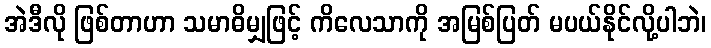
အဲဒီလို ဖြစ်တာဟာ သမာဓိမျှဖြင့် ကိလေသာကို အမြစ်ပြတ် မပယ်နိုင်လို့ပါဘဲ၊